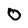
Character: O